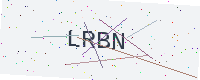
Text: LRBN